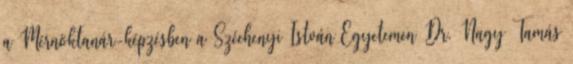
a Mérnöktanár-képzésben a Széchenyi István Egyetemen Dr. Nagy Tamás